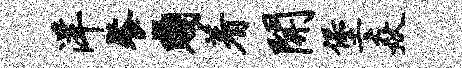
洋餐贱着开堡焱